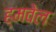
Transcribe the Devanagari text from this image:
ह्मवेल